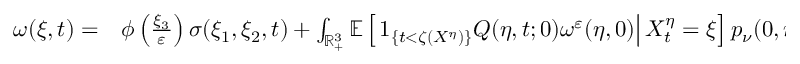
\begin{array} { r l } { \omega ( \xi , t ) = } & { { } \phi \left( \frac { \xi _ { 3 } } { \varepsilon } \right) \sigma ( \xi _ { 1 } , \xi _ { 2 } , t ) + \int _ { \mathbb { R } _ { + } ^ { 3 } } \mathbb { E } \left[ \left. 1 _ { \{ t < \zeta ( X ^ { \eta } ) \} } Q ( \eta , t ; 0 ) \omega ^ { \varepsilon } ( \eta , 0 ) \right| X _ { t } ^ { \eta } = \xi \right] p _ { \nu } ( 0 , \eta , t , \xi ) \mathrm { d } \eta } \end{array}